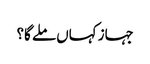
جہاز کہاں ملے گا؟